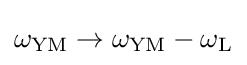
\omega _{\text{YM}}\rightarrow \omega _{\text{YM}}-\omega _{\text{L}}